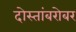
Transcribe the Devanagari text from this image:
दोस्तांबरोबर